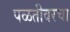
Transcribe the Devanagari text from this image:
पळतीवरचा